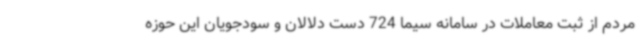
مردم از ثبت معاملات در سامانه سیما 724 دست دلالان و سودجویان این حوزه